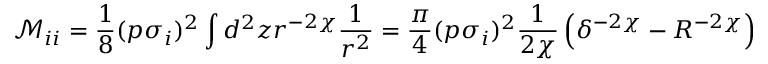
\mathcal M _ { i i } = \frac { 1 } { 8 } ( p \sigma _ { i } ) ^ { 2 } \int d ^ { 2 } z r ^ { - 2 \chi } \frac { 1 } { r ^ { 2 } } = \frac { \pi } { 4 } ( p \sigma _ { i } ) ^ { 2 } \frac { 1 } { 2 \chi } \left( \delta ^ { - 2 \chi } - R ^ { - 2 \chi } \right)